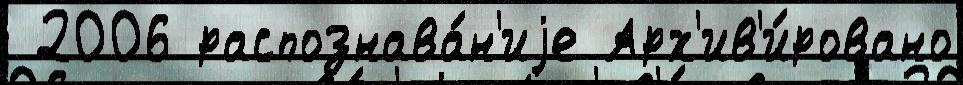
 2006 распознава́н'иjе Арх'ив'и́ровано